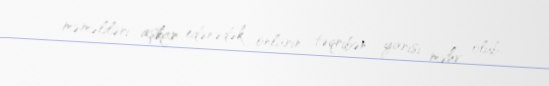
məməliləri aşkar edənədək onların təqribən yarısı məhv olub.